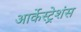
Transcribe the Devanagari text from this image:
आर्केस्ट्रेशंस